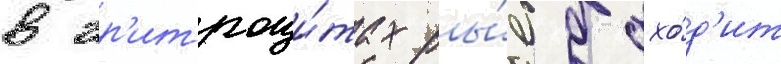
в эр'итроци́тах ры́б дохо́д'ит